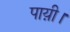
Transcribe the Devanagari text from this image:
पाय़ी।